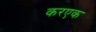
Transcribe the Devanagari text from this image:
करएक